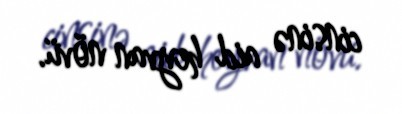
cinsinə aid heyvan növü.